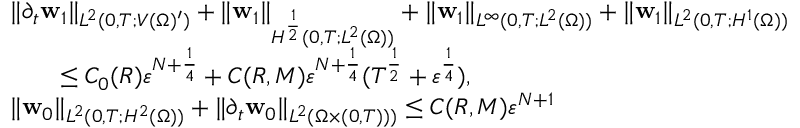
\begin{array} { r l } & { \| \partial _ { t } \mathbf { w } _ { 1 } \| _ { L ^ { 2 } ( 0 , T ; V ( \Omega ) ^ { \prime } ) } + \| \mathbf { w } _ { 1 } \| _ { H ^ { \frac { 1 } { 2 } } ( 0 , T ; L ^ { 2 } ( \Omega ) ) } + \| \mathbf { w } _ { 1 } \| _ { L ^ { \infty } ( 0 , T ; L ^ { 2 } ( \Omega ) ) } + \| \mathbf { w } _ { 1 } \| _ { L ^ { 2 } ( 0 , T ; H ^ { 1 } ( \Omega ) ) } } \\ & { \qquad \leq C _ { 0 } ( R ) \ensuremath { \varepsilon } ^ { N + \frac 1 4 } + C ( R , M ) \ensuremath { \varepsilon } ^ { N + \frac { 1 } { 4 } } ( T ^ { \frac 1 2 } + \ensuremath { \varepsilon } ^ { \frac 1 4 } ) , } \\ & { \| \mathbf { w } _ { 0 } \| _ { L ^ { 2 } ( 0 , T ; H ^ { 2 } ( \Omega ) ) } + \| \partial _ { t } \mathbf { w } _ { 0 } \| _ { L ^ { 2 } ( \Omega \times ( 0 , T ) ) ) } \leq C ( R , M ) \ensuremath { \varepsilon } ^ { N + 1 } } \end{array}